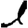
Digit: 1